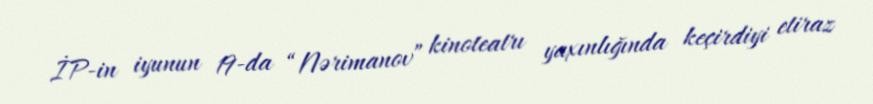
İP-in iyunun 19-da “Nərimanov” kinoteatrı yaxınlığında keçirdiyi etiraz